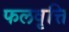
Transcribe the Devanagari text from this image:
फलवृत्ति